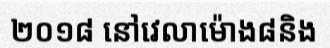
២០១៨ នៅវេលាម៉ោង៨និង